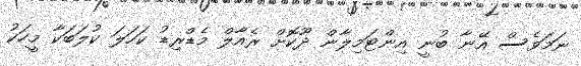
ނަމަވެސް އޭނާ ބުނީ އިންޓަމިލާން ދޫކޮށް ރެއާލް މެޑްރިޑު ކަހަލަ ކުލަބަކާ މީހަކު